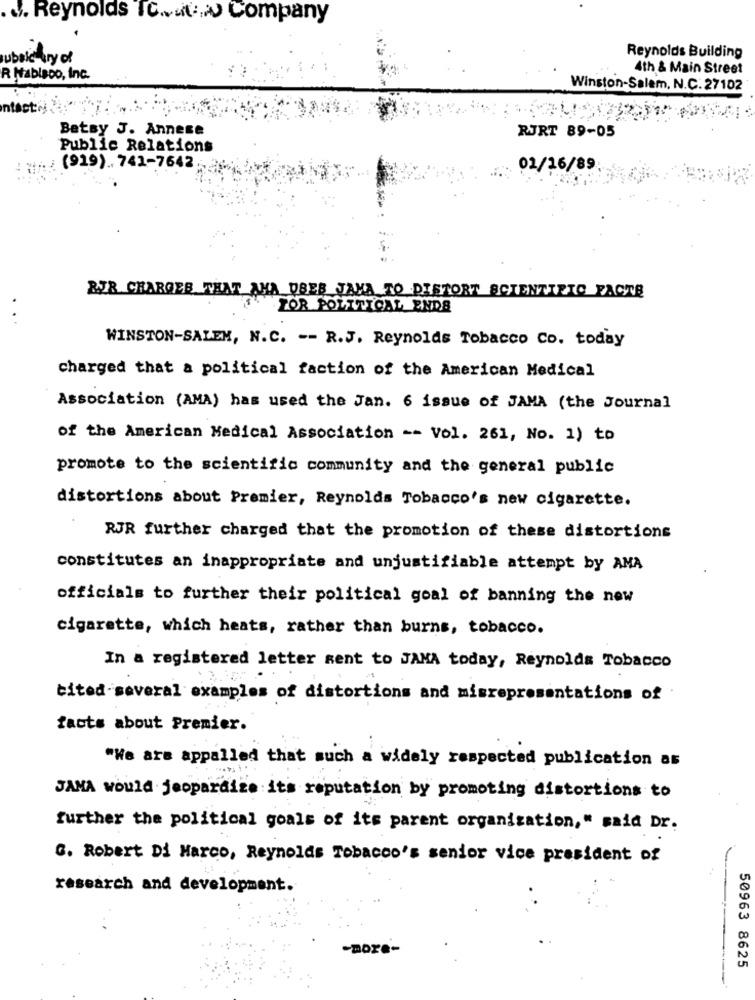
. Reynolds To. it Company
ubald ury of
Reynolds Building
4th & Main Street
R HablaDo, Inc.
Winston-Salem, N.C. 27102
ntactel
Betsy J. Annese
RURT 89-05
Public Relations
(919) .. 741-7642
01/16/89
RJR CHARGES THAT AHA DBEB JAVA TO DISTORT SCIENTIFIC FACTS
FOR POLITICAL ENDS
WINSTON-SALEM, N.C. -- R.J. Reynolds Tobacco Co. today
charged that a political faction of the American Medical
Association (AMA) has used the Jan. 6 issue of JAMA (the Journal
of the American Medical Association -- Vol. 261, No. 1) to
promote to the scientific community and the general public
distortions about Premier, Reynolds Tobacco's new cigarette.
RJR further charged that the promotion of these distortions
constitutes an inappropriate and unjustifiable attempt by AMA
officials to further their political goal of banning the new
cigarette, which heats, rather than burns, tobacco.
In a registered letter sent to JANA today, Reynolds Tobacco
cited-several examples of distortions and misrepresentations of
facts about Premier.
"We are appalled that such a widely respected publication as
JAMA would jeopardize its reputation by promoting distortions to
further the political goals of its parent organization," said Dr.
C. Robert Di Marco, Reynolds Tobacco's senior vice president of
research and development.
-more-
50963 8625